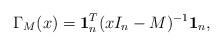
LaTeX: \begin{align*}\Gamma _M (x ) = \textbf{1}_n^T (x I_n - M)^{ - 1} \textbf{1}_n,\end{align*}